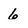
Character: 6